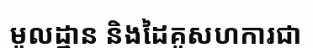
មូលដ្ឋាន និងដៃគូសហការជា